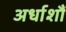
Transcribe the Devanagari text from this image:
अर्धाशौं